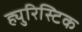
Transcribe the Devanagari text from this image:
ह्युरिस्टिक